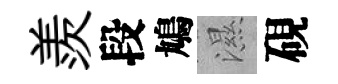
羨段鳩濕硯